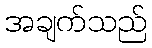
အချက်သည်